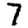
Digit: 7